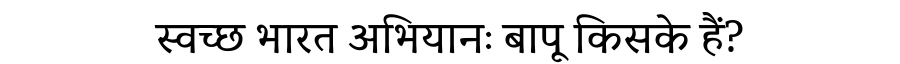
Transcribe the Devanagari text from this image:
स्वच्छ भारत अभियानः बापू किसके हैं?